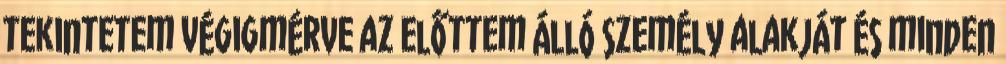
tekintetem végigmérve az előttem álló személy alakját és minden